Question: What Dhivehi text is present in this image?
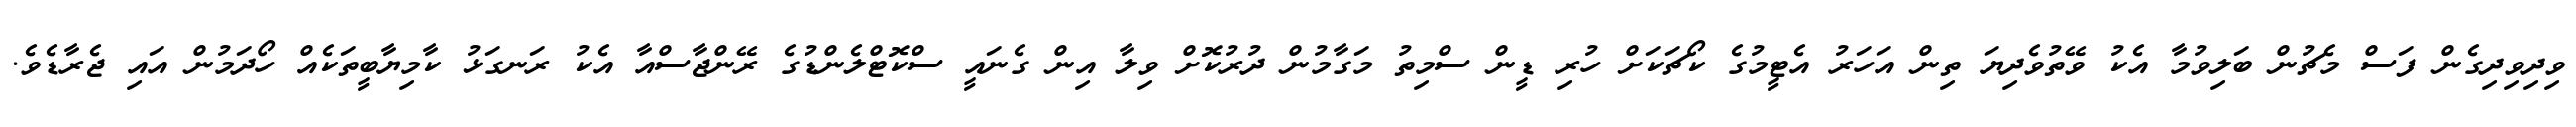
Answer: ވިދިވިދިގެން ފަސް މެޗުން ބަލިވުމާ އެކު ވޭތުވެދިޔަ ތިން އަހަރު އެޓީމުގެ ކޯޗަކަށް ހުރި ޑީން ސްމިތު މަގާމުން ދުރުކޮށް ވިލާ އިން ގެނައީ ސްކޮޓްލެންޑުގެ ރޭންޖާސްއާ އެކު ރަނގަޅު ކާމިޔާބީތަކެއް ހޯދަމުން އައި ޖެރާޑެވެ.